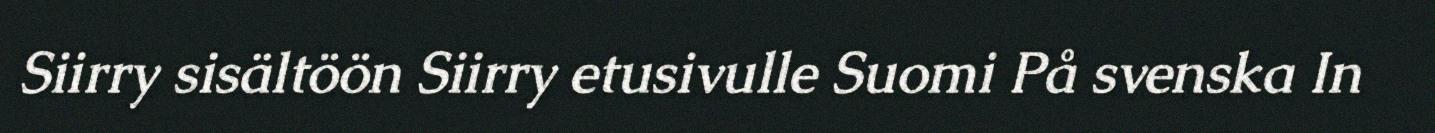
Siirry sisältöön Siirry etusivulle Suomi På svenska In